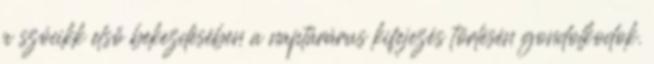
a szócikk első bekezdésében a naptárárus kifejezés törlésén gondolkodok.